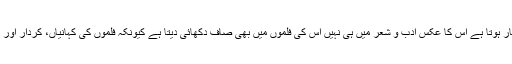
جب جب زمانہ اخلاقی ، سماجی یا سیاسی دیوالیے پن کا شکار ہوتا ہے اس کا عکس ادب و شعر میں ہی نہیں اس کی فلموں میں بھی صاف دکھائی دیتا ہے کیونکہ فلموں کی کہانیاں، کردار اور مکالمے بھی اپنے آس پاس کے ماحول سے تشکیل پاتی ہیں۔